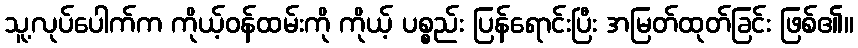
သူ့လုပ်ပေါက်က ကိုယ့်ဝန်ထမ်းကို ကိုယ့် ပစ္စည်း ပြန်ရောင်းပြီး အမြတ်ထုတ်ခြင်း ဖြစ်၏။